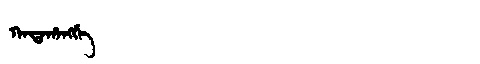
Manchu: ᡴᠠᡨᠠᡥᠠᠩᡤᡝ
Romanization: KATAHANGGE